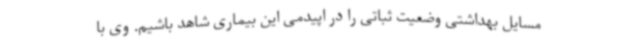
مسایل بهداشتی وضعیت ثباتی را در اپیدمی این بیماری شاهد باشیم. وی با